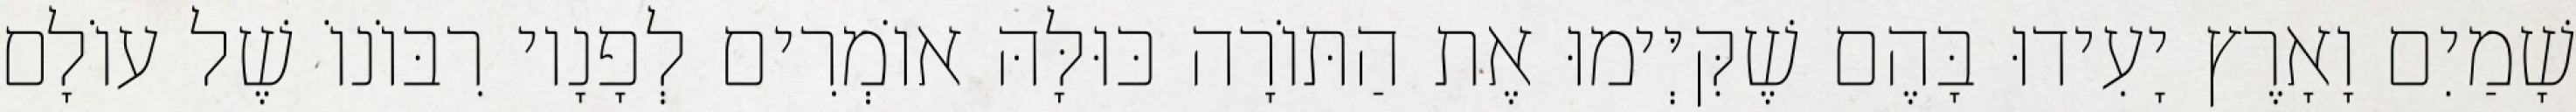
שָׁמַיִם וָאָרֶץ יָעִידוּ בָּהֶם שֶׁקִּיְּימוּ אֶת הַתּוֹרָה כּוּלָּהּ אוֹמְרִים לְפָנָיו רִבּוֹנוֹ שֶׁל עוֹלָם